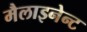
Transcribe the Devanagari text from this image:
मैलाइनेन्ट